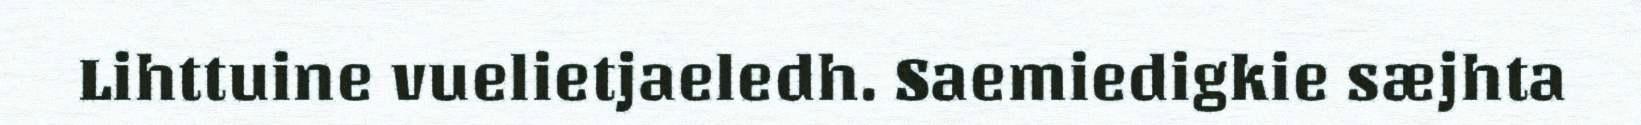
Lihttuine vuelietjaeledh. Saemiedigkie sæjhta